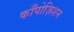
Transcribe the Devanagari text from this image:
काँपोज़िशन